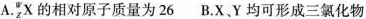
A. _{z}^{w}X的相对原子质量为26 B.X，Y均可形成三氯化物